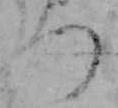
つ